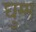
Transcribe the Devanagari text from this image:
घुम्म